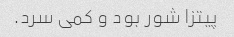
پیتزا شور بود و کمی سرد.